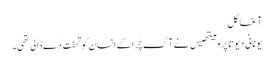
آغا گل
یونانی دیوتا پرومیتھیس نے آگ چُرا کے انسان کو تحفت ً دے ڈالی تھی۔